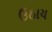
ઉઠાય